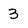
Character: 3